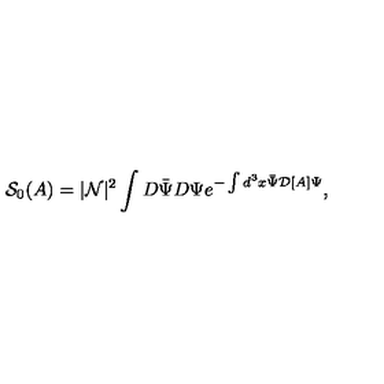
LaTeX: { \mathcal S } _ { 0 } ( A ) = | { \mathcal N } | ^ { 2 } \int D \bar { \Psi } D \Psi e ^ { - \int d ^ { 3 } x \bar { \Psi } { \mathcal D } [ A ] \Psi } ,